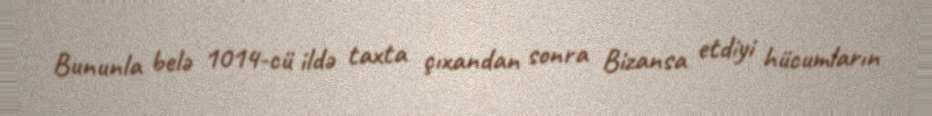
Bununla belə 1014-cü ildə taxta çıxandan sonra Bizansa etdiyi hücumların